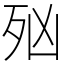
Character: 𣧑